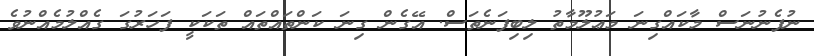
ނުފެނުނަސް މާކައްގިނަ މަޢުލޫމާތު ލިބިފަނެތަސް. އޭގެން ގިނަ ކަންތައްތައް ތަކަކީ ފަހަރުގަ ގެއްލުމެއްނުވެ